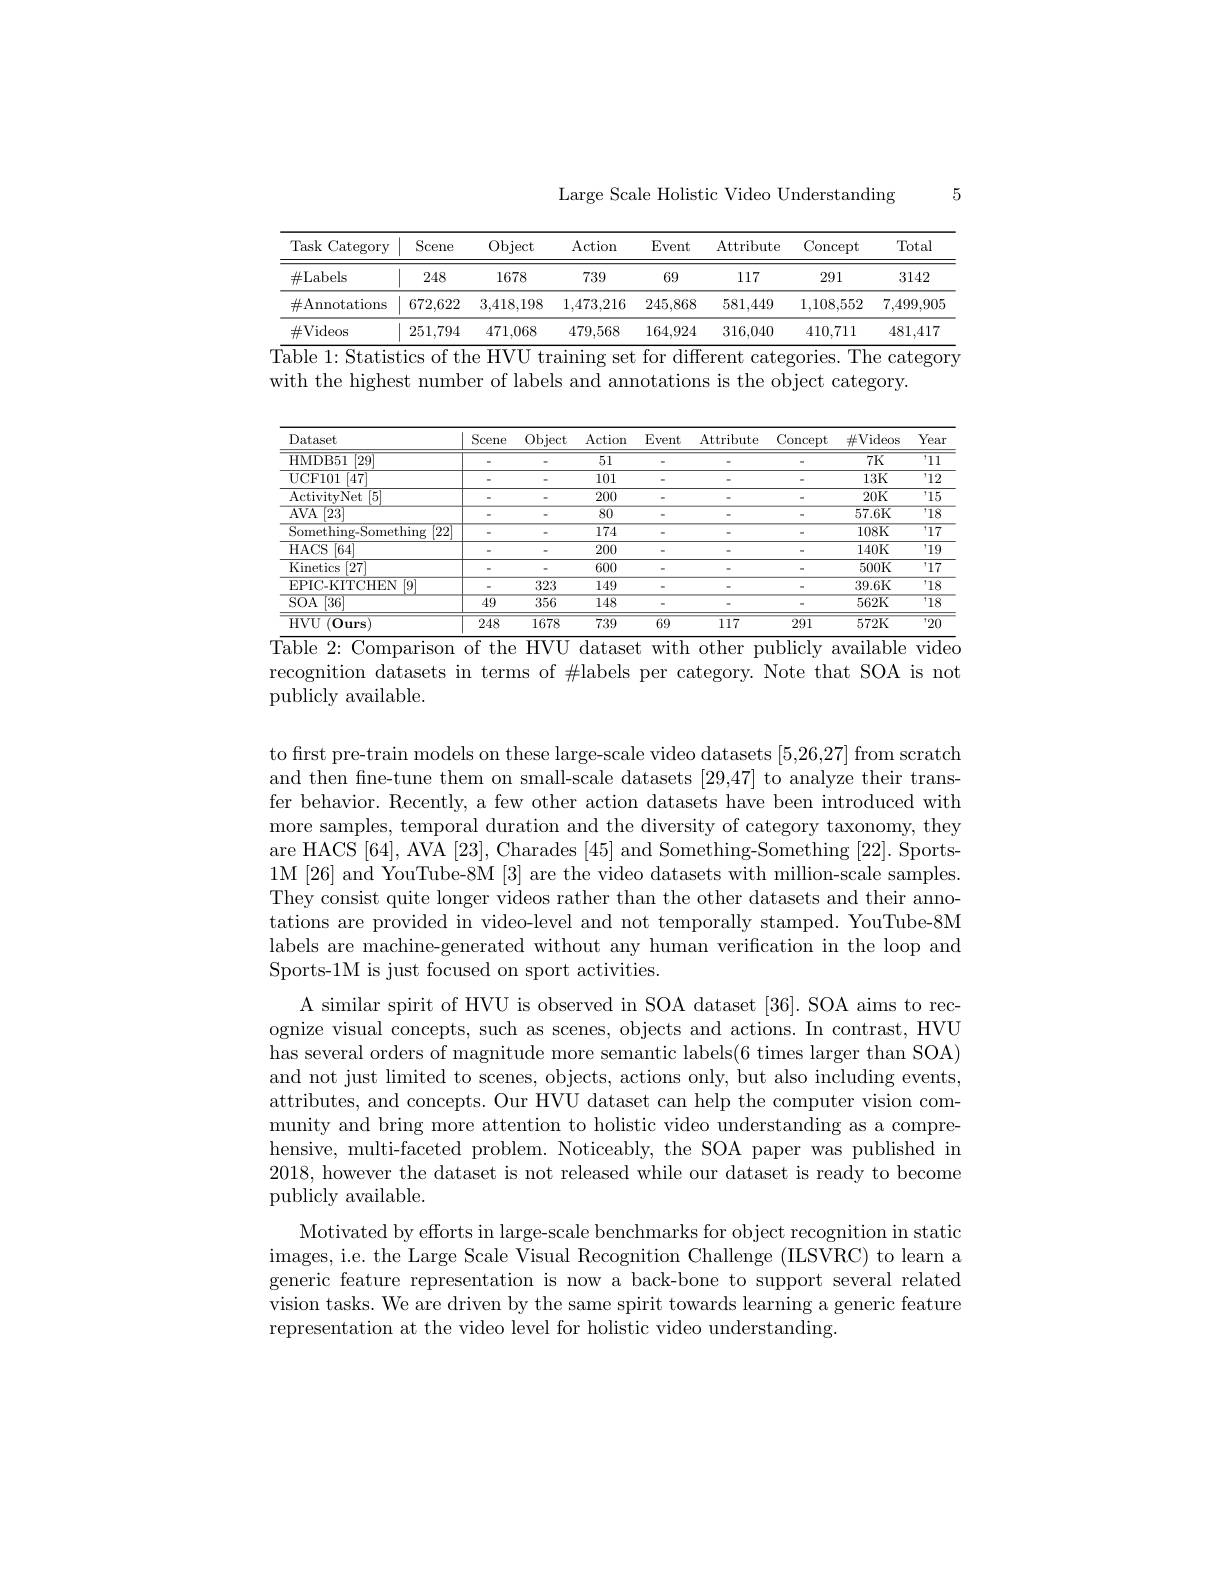
Large Scale Holistic Video Understanding

5

<table>
	<tbody>
		<tr>
			<th>Task $\kappa$Category 1</th>
			<th>Scene</th>
			<th>Object</th>
			<th>Action</th>
			<th>Event</th>
			<th>Attribute</th>
			<th>Concept</th>
			<th>Total</th>
		</tr>
		<tr>
			<td>$\#$Labels</td>
			<td>248</td>
			<td>1678</td>
			<td>739</td>
			<td>69</td>
			<td>117</td>
			<td>291</td>
			<td>3142</td>
		</tr>
		<tr>
			<td>$\#$Annotations</td>
			<td>672,622</td>
			<td>3,418,198</td>
			<td>1,473,216</td>
			<td>245,868</td>
			<td>581,449</td>
			<td>1,108,552</td>
			<td>7,499,905</td>
		</tr>
		<tr>
			<td>$\#$Videos</td>
			<td>251,794</td>
			<td>471,068</td>
			<td>479,568</td>
			<td>164,924</td>
			<td>316,040</td>
			<td>410,711</td>
			<td>481,417</td>
		</tr>
	</tbody>
</table>
T$\overline{\text{able 1: Statistics of the HVU training set for different categories. The category}}$

with the highest number of labels and annotations is the object category.

<table>
	<tbody>
		<tr>
			<th>Dataset</th>
			<th>Scene</th>
			<th>Object</th>
			<th>Action</th>
			<th>Event</th>
			<th>Attribute</th>
			<th>Concept</th>
			<th>$\#$Videos</th>
			<th>Year</th>
		</tr>
		<tr>
			<td>HMDB51 $\left\lceil29\right\rceil$</td>
			<td> </td>
			<td> </td>
			<td>$\overline{51}$</td>
			<td> </td>
			<td> </td>
			<td> </td>
			<td>7K</td>
			<td>$\overline{11}$</td>
		</tr>
		<tr>
			<td>UCF101 [47]</td>
			<td> </td>
			<td> </td>
			<td>101</td>
			<td> </td>
			<td> </td>
			<td> </td>
			<td>13K</td>
			<td>12</td>
		</tr>
		<tr>
			<td>ActivityNet [5]</td>
			<td> </td>
			<td> </td>
			<td>200</td>
			<td> </td>
			<td> </td>
			<td> </td>
			<td>$20K$</td>
			<td>'15</td>
		</tr>
		<tr>
			<td>$AVA$ [23]</td>
			<td> </td>
			<td> </td>
			<td>$\overline{80}$</td>
			<td> </td>
			<td> </td>
			<td> </td>
			<td>57.6K</td>
			<td>18</td>
		</tr>
		<tr>
			<td>$\mathop{\mathrm{Something-Something}}$ $\xi\left[22\right]$</td>
			<td> </td>
			<td> </td>
			<td>$\overline{174}$</td>
			<td> </td>
			<td> </td>
			<td> </td>
			<td>$108K$</td>
			<td>$\overline{17}$</td>
		</tr>
		<tr>
			<td>HACS [64]</td>
			<td> </td>
			<td> </td>
			<td>200</td>
			<td> </td>
			<td> </td>
			<td> </td>
			<td>140K</td>
			<td>$\overline{19}$</td>
		</tr>
		<tr>
			<td>Kinetics $s$ [27]</td>
			<td> </td>
			<td> </td>
			<td>600</td>
			<td> </td>
			<td> </td>
			<td> </td>
			<td>500K</td>
			<td>$\overline{17}$</td>
		</tr>
		<tr>
			<td>[9] EPIC-KITCHEN</td>
			<td> </td>
			<td>323</td>
			<td>149</td>
			<td> </td>
			<td> </td>
			<td> </td>
			<td>39.6K</td>
			<td>$\overline{18}$</td>
		</tr>
		<tr>
			<td>$\overline{\mathrm{SOA}}$ [36]</td>
			<td>$\overline{49}$</td>
			<td>$\overline{356}$</td>
			<td>$\overline{148}$</td>
			<td> </td>
			<td> </td>
			<td> </td>
			<td>562K</td>
			<td>$\overline{18}$ I</td>
		</tr>
		<tr>
			<td>$\overline{\mathrm{HVU~(Ours)}}$</td>
			<td>248</td>
			<td>1678</td>
			<td>739</td>
			<td>69</td>
			<td>117</td>
			<td>291</td>
			<td>572K</td>
			<td>$\overline{20}$ 1.</td>
		</tr>
	</tbody>
</table>
Table 2: Comparison of the HVU dataset with other publicly available video

recognition datasets in terms of $\#$labels per category. Note that SOA is not
$\bar{\text{publicly available}}.$

to frst pre-train models on these large-scale video datasets [5,26,27] from scratch and then fne-tune them on small-scale datasets [29,47] to analyze their transfer behavior. Recently, a few other action datasets have been introduced with more samples, temporal duration and the diversity of category taxonomy, they are HACS [64], AVA [23], Charades [45] and Something-Something [22]. Sports- 1M[26] and YouTube-8M[3] are the video datasets with million-scale samples. They consist quite longer videos rather than the other datasets and their annotations are provided in video-level and not temporally stamped. YouTube-8M labels are machine-generated without any human verification in the loop and Sports-1M is just focused on sport activities.
A similar spirit of HVU is observed in SOA dataset [36]. SOA aims to recognize visual concepts, such as scenes, objects and actions. In contrast, HVU has several orders of magnitude more semantic labels(6 times larger than SOA) and not just limited to scenes, objects, actions only, but also including events, attributes, and concepts. Our HVU dataset can help the computer vision community and bring more attention to holistic video understanding as a comprehensive, multi-faceted problem. Noticeably, the SOA paper was published in 2018, however the dataset is not released while our dataset is ready to become publicly available.
Motivated by efforts in large-scale benchmarks for object recognition in static images, i.e. the Large Scale Visual Recognition Challenge (ILSVRC) to learn a generic feature representation is now a back-bone to support several related vision tasks. We are driven by the same spirit towards learning a generic feature representation at the video level for holistic video understanding.